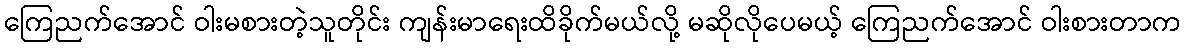
ကြေညက်အောင် ဝါးမစားတဲ့သူတိုင်း ကျန်းမာရေးထိခိုက်မယ်လို့ မဆိုလိုပေမယ့် ကြေညက်အောင် ဝါးစားတာက